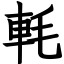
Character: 軞